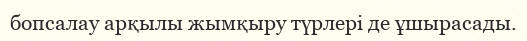
бопсалау арқылы жымқыру түрлері де ұшырасады.